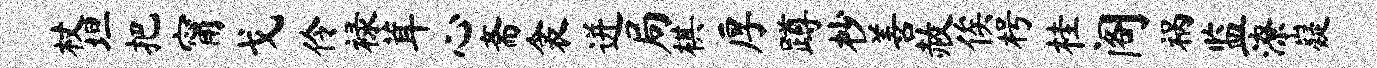
杖坦把甯戈伶禄茸心斋衾迸局棋厚蹲杪善赦俟枵桂阁祸监潦嶷